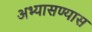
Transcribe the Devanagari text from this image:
अभ्यासण्यास